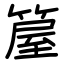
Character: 箼